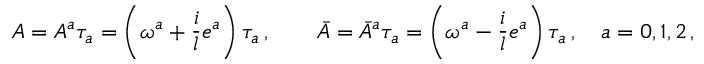
A = A ^ { a } \tau _ { a } = \left( \omega ^ { a } + \frac i l e ^ { a } \right) \tau _ { a } \, , \qquad \bar { A } = { \bar { A } } ^ { a } \tau _ { a } = \left( \omega ^ { a } - \frac i l e ^ { a } \right) \tau _ { a } \, , \quad a = 0 , 1 , 2 \, ,